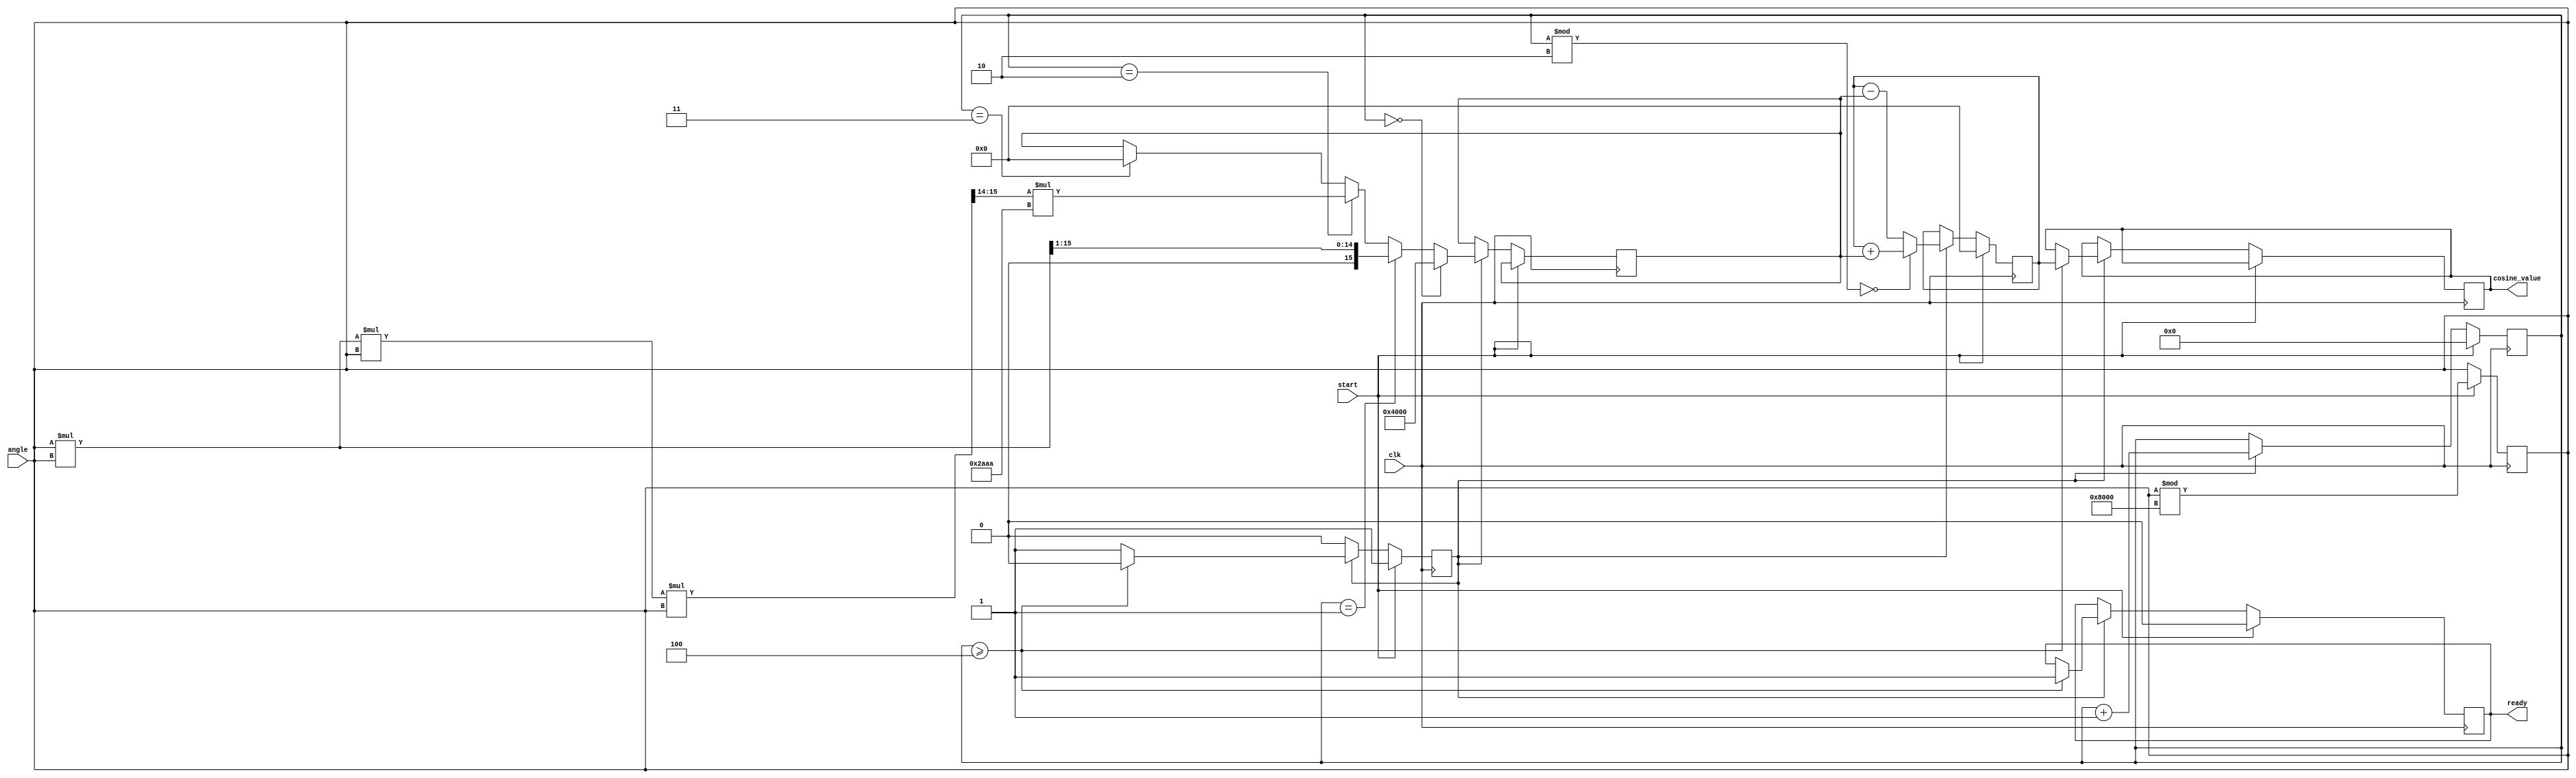
module CosineCalculator (
    input wire [15:0] angle, // Input angle in radians (fixed-point, 16-bit)
    input wire clk,          // Clock signal
    input wire start,        // Start signal
    output reg [15:0] cosine_value, // Output cosine value (fixed-point, 16-bit)
    output reg ready         // Ready signal
);

    // Constants for the Taylor series (up to 6 terms)
    parameter C1 = 16'h4000; // 1.0 in Q15 format
    parameter C2 = 16'hB000; // -1/2! in Q15 format
    parameter C3 = 16'h2AAA; // 1/4! in Q15 format
    parameter C4 = 16'h0C49; // -1/6! in Q15 format
    
    reg [15:0] x_squared;    // x^2
    reg [15:0] term;          // Current term in the series
    reg [3:0] term_count;     // Count of terms computed
    reg [15:0] sum;           // Accumulated sum for cosine value
    reg computing;            // State variable for computing process

    always @(posedge clk) begin
        if (start) begin
            // Normalize the angle to [0, 2] (0 to 2*32768 for Q15)
            // Note: This normalization is simplified for fixed-point representation
            angle = angle % (16'h8000); // Modulo 2 in Q15 format
            sum <= 0;
            term_count <= 0;
            computing <= 1;
            ready <= 0;
        end else if (computing) begin
            if (term_count == 0) begin
                term <= C1; // First term is 1
            end else if (term_count == 1) begin
                term <= (angle * angle) >> 1; // x^2 / 2
            end else if (term_count == 2) begin
                term <= ((angle * angle * angle * angle) >> 14) * C3; // x^4 / 24
            end else if (term_count == 3) begin
                term <= ((angle * angle * angle * angle * angle * angle) >> 19) * C4; // x^6 / 720
            end

            // Accumulate the terms
            if (term_count % 2 == 0) begin
                sum <= sum + term; // Add for even terms
            end else begin
                sum <= sum - term; // Subtract for odd terms
            end

            term_count <= term_count + 1;

            // Check if we have computed all terms
            if (term_count >= 4) begin
                cosine_value <= sum; // Set the output cosine value
                ready <= 1;          // Indicate that the computation is ready
                computing <= 0;      // Stop computation
            end
        end
    end
endmodule